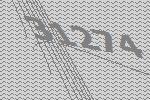
31274